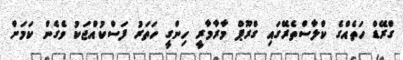
ގްރޭޑް ހަތެއްގެ ކްލާސްތެރޭގައި ގްރޫޕް މާރާމާރީ ހިންގީ ހަތަރު ފަސްކުއްޖަކު ވެގެން ކަމަށް